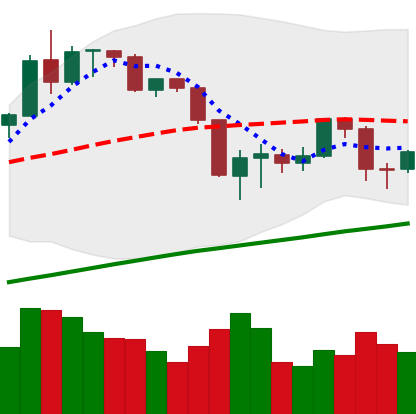
Ticker: BTC-USD
Chart end date: 2019-08-23
Forward return: -6.279%
Label: down_5_7